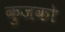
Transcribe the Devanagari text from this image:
कुजको